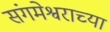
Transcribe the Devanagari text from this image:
संगमेश्वराच्या